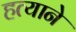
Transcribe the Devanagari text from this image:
हत्याने